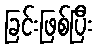
ခြင်းဖြစ်ပြီး